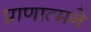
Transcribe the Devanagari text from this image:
प्राणात्मने